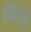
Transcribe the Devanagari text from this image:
चिनु